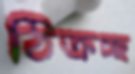
ঠিক্‌রচ্ছ